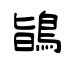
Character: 鴲